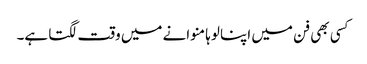
کسی بھی فن میں اپنا لوہا منوانے میں وقت لگتا ہے۔